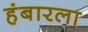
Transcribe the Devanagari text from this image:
हंबारला